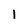
Character: 1